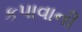
કપાવાની